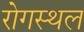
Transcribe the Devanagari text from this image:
रोगस्थल